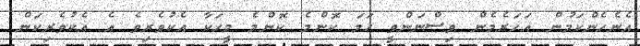
އެނެހެންކަމުން އަހަރެމެން ވިސްނަންވީ ހަމަ ކޮންމެ ކޮންމެ މީހަކާ އެކުވެރިވެ އެ އެކުވެރިކަން